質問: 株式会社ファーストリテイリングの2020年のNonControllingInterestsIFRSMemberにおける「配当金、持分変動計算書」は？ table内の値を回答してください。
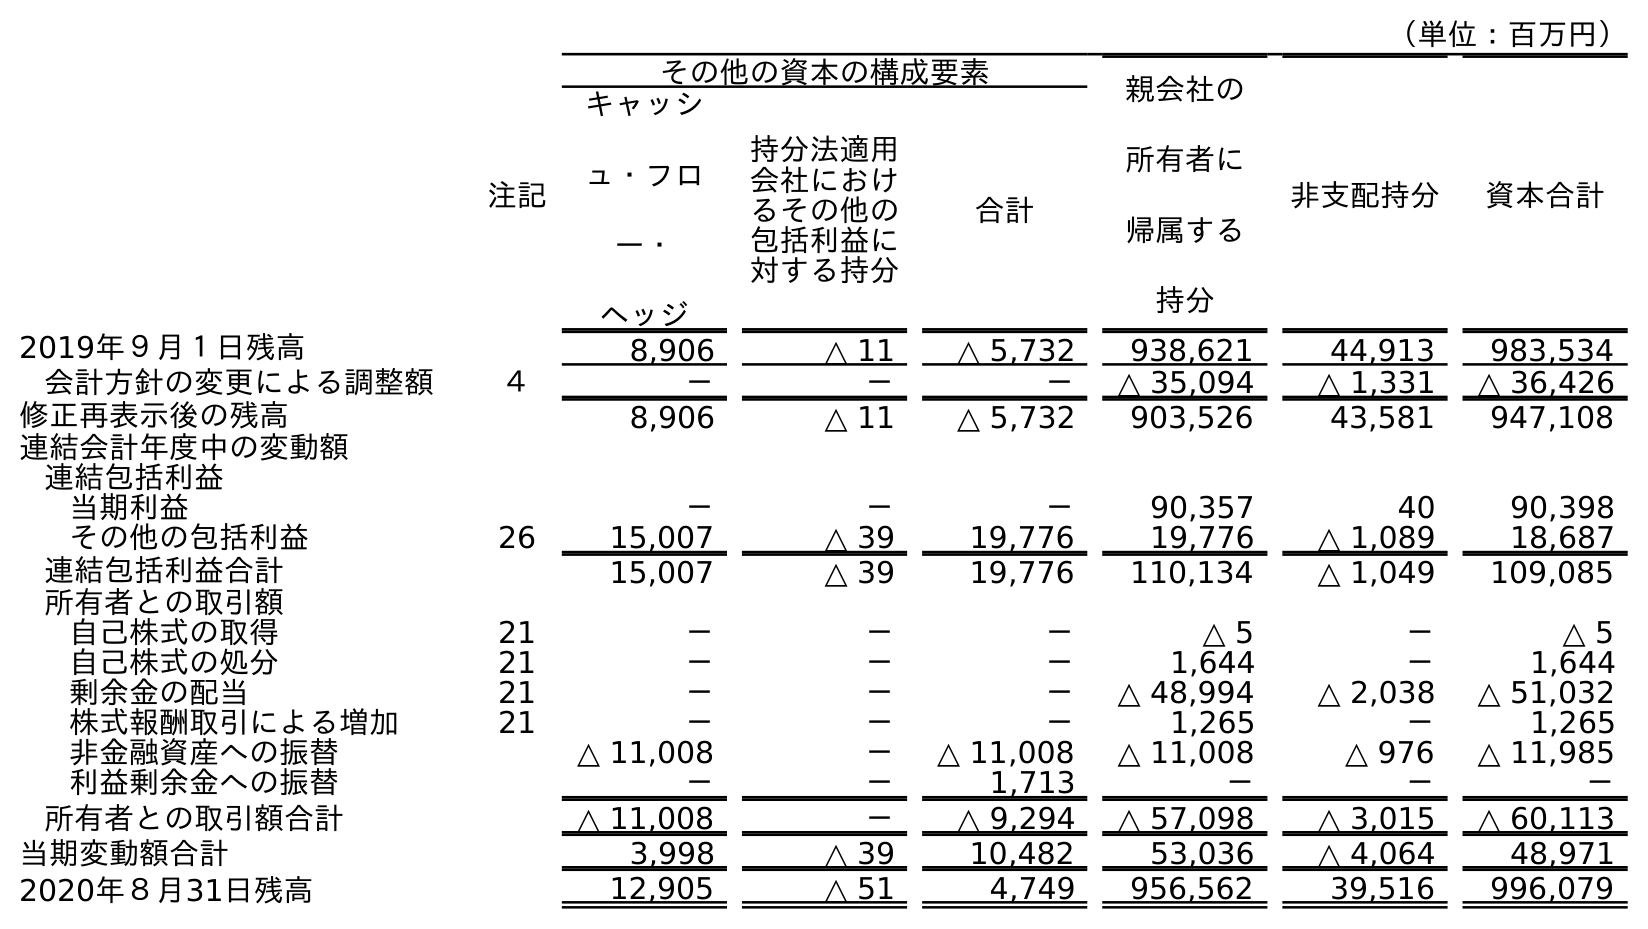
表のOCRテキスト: （単位：百万円） 注記 その他の資本の構成要素 親会社の 所有者に 帰属する 持分 非支配持分 資本合計 キャッシ ュ・フロ ー・ ヘッジ 持分法適用 会社におけ るその他の 包括利益に 対する持分 合計 2019年９月１日残高 8,906 △ 11 △ 5,732 938,621 44,913 983,534 会計方針の変更による調整額 ４ － － － △ 35,094 △ 1,331 △ 36,426 修正再表示後の残高 8,906 △ 11 △ 5,732 903,526 43,581 947,108 連結会計年度中の変動額 連結包括利益 当期利益 － － － 90,357 40 90,398 その他の包括利益 26 15,007 △ 39 19,776 19,776 △ 1,089 18,687 連結包括利益合計 15,007 △ 39 19,776 110,134 △ 1,049 109,085 所有者との取引額 自己株式の取得 21 － － － △ 5 － △ 5 自己株式の処分 21 － － － 1,644 － 1,644 剰余金の配当 21 － － － △ 48,994 △ 2,038 △ 51,032 株式報酬取引による増加 21 － － － 1,265 － 1,265 非金融資産への振替 △ 11,008 － △ 11,008 △ 11,008 △ 976 △ 11,985 利益剰余金への振替 － － 1,713 － － － 所有者との取引額合計 △ 11,008 － △ 9,294 △ 57,098 △ 3,015 △ 60,113 当期変動額合計 3,998 △ 39 10,482 53,036 △ 4,064 48,971 2020年８月31日残高 12,905 △ 51 4,749 956,562 39,516 996,079
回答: △2,038